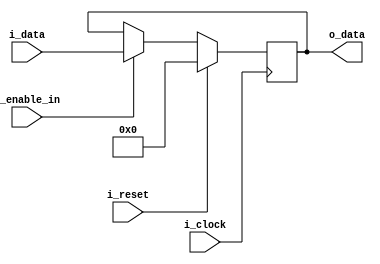
`default_nettype none

module register (i_clock, i_reset, i_enable_in, i_data, o_data);
    parameter c_width = 8;
    input wire i_clock, i_reset, i_enable_in;
    input wire [c_width-1 : 0] i_data;
    output wire [c_width-1 : 0] o_data;
    
    reg [c_width-1 : 0] stored_data;
    assign o_data = stored_data;
    
    always @ (posedge i_clock) begin
        if (i_reset)
            stored_data <= 0;
        else if (i_enable_in)
            stored_data <= i_data;
    end
endmodule

module tristate_register (i_clock, i_reset, i_enable_in, i_enable_out, i_data, tri_o_data, o_data);
    parameter c_width = 8;
    input wire i_clock, i_reset, i_enable_in, i_enable_out;
    input wire [c_width-1 : 0] i_data;
    output tri [c_width-1 : 0] tri_o_data;
    output wire[c_width-1 : 0] o_data; //direct, not tristate output always showing the data stored
    
    register #(c_width) register (i_clock, i_reset, i_enable_in, i_data, o_data);
    assign tri_o_data = i_enable_out ? o_data : 'bz;
    
endmodule

module bus_register (i_clock, i_reset, i_enable_in, i_enable_out, bus);
    parameter c_width = 8;
    input wire i_clock, i_reset, i_enable_in, i_enable_out;
    inout tri [c_width-1 : 0] bus;
    
    //just a tristate_register with bus as data_in and tristate_out and no direct_out
    tristate_register #(c_width) tri_register (i_clock, i_reset, i_enable_in, i_enable_out, bus, bus, );
endmodule

/*
module testbench;
    parameter c_width = 8;
    reg clock, enable_in_A, enable_out_A, enable_in_B, enable_out_B;
    tri1 [c_width-1 : 0] bus;
    bus_register #(c_width) reg_A (clock, enable_in_A, enable_out_A, bus);
    bus_register #(c_width) reg_B (clock, enable_in_B, enable_out_B, bus);
        
    initial begin
        clock = 0;
        enable_in_A = 0; enable_out_A = 0;
        enable_in_B = 0; enable_out_B = 0;
        reg_B.tri_register.register.stored_data = 8'hBD;
        
        #10 enable_out_B = 1;
            enable_in_A = 1;
        #10 enable_out_B = 0;
            enable_in_A = 0;
            enable_out_A = 1;
        #10 enable_out_A = 0;
            enable_in_B = 1;
        #10 enable_in_B = 0;
            enable_out_B = 1;
        #10
        $finish;
    end
    
    initial begin
        $monitor("clk: %b, e_i_A: %b, e_o_A: %b, e_i_B: %b, e_o_B: %b, bus: %h", 
                    clock, enable_in_A, enable_out_A, enable_in_B, enable_out_B, bus);
        $dumpfile("dump.vcd");
        $dumpvars(1, testbench);
    end
    
    always
        #5 clock = !clock;
endmodule
*/